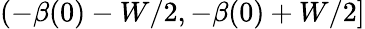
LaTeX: (-\beta(0)-W/2,-\beta(0)+W/2]